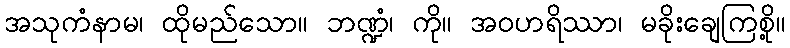
အသုကံနာမ၊ ထိုမည်သော။ ဘဏ္ဍံ၊ ကို။ အဝဟရိဿာ၊ မခိုးချေကြစို့။